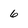
Character: 6